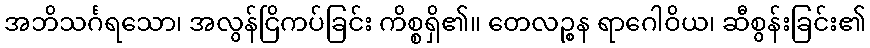
အဘိသင်္ဂရသော၊ အလွန်ငြိကပ်ခြင်း ကိစ္စရှိ၏။ တေလဉ္စန ရာဂေါဝိယ၊ ဆီစွန်းခြင်း၏